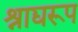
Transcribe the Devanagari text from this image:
श्राद्यरूप